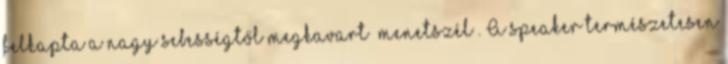
felkapta a nagy sebességtől megkavart „menetszél”. A speaker természetesen